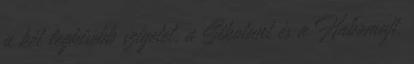
a két legkisebb szigetet, a Sikotant és a Habomajt,